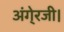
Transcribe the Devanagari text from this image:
अंगे्रजी।